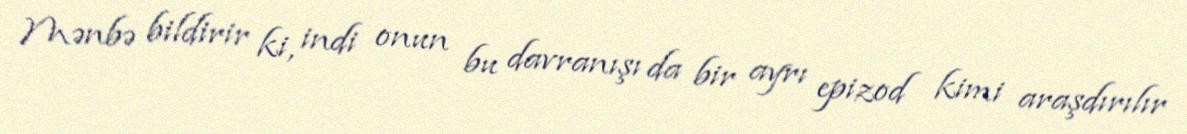
Mənbə bildirir ki, indi onun bu davranışı da bir ayrı epizod kimi araşdırılır